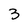
Character: 3